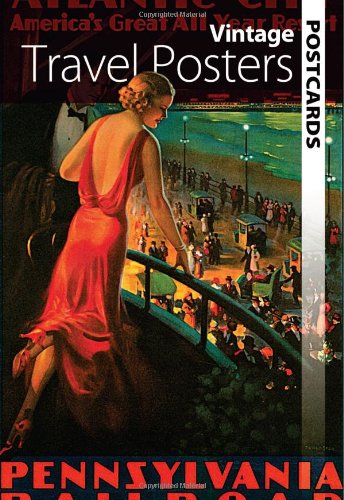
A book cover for Vintage Travel Posters Postcards (Dover Postcards); Dover; Crafts, Hobbies & Home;